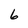
Character: 6